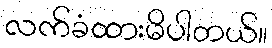
လက်ခံထားမိပါတယ်။